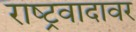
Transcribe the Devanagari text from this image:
राष्ट्रवादावर